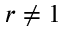
r \neq 1